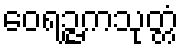
ဝေရဉ္ဇကသုတ္တံ